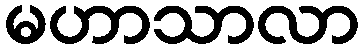
မဟာသာလာ